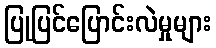
ပြုပြင်ပြောင်းလဲမှုများ